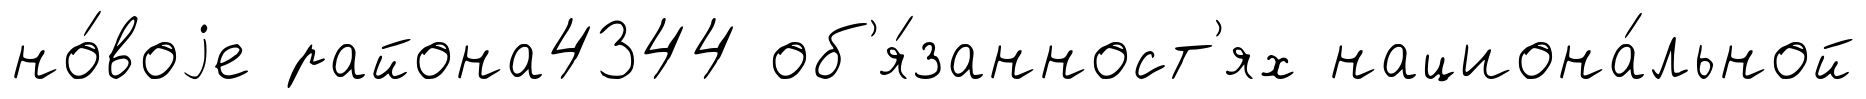
но́воjе района4344 об'я́занност'ях национа́льной